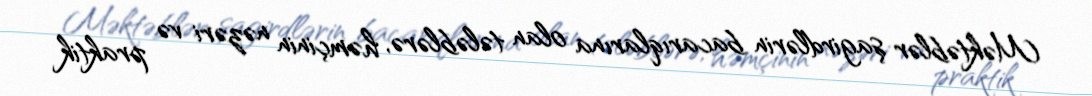
Məktəblər şagirdlərin bacarıqlarına olan tələblərə, həmçinin nəzəri və praktik